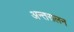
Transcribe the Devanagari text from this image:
अन्तरालन